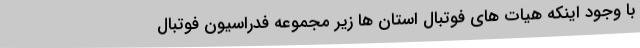
با وجود اینکه هیات های فوتبال استان ها زیر مجموعه فدراسیون فوتبال